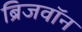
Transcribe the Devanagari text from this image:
ब्रिजवॉन